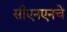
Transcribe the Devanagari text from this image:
सीएनएनचे